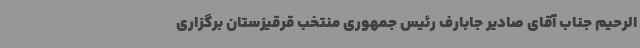
الرحیم جناب آقای صادیر جابارف رئیس جمهوری منتخب قرقیزستان برگزاری